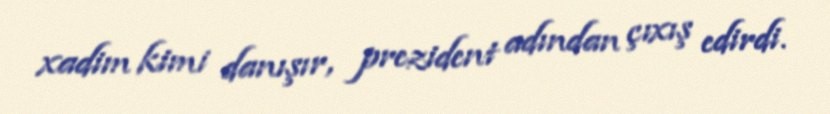
xadim kimi danışır, prezident adından çıxış edirdi.